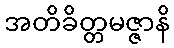
အတိခိတ္တမဇ္ဇာနိ